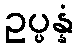
ဥပ္ပန္နံ